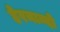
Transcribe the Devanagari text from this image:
हेरनान्दो